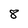
Character: 8